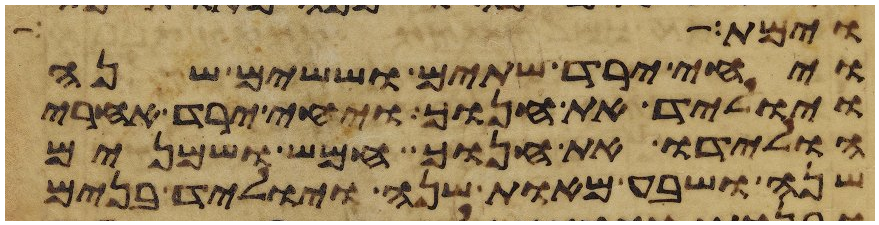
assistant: וימת הרן
ויחי ירד שתים וששים שנה
ויוליד את חנוך ויחי ירד אחרי
הולידו את חנוך חמש ושמנים
שנה ושבע מאות שנה ויוליד בנים